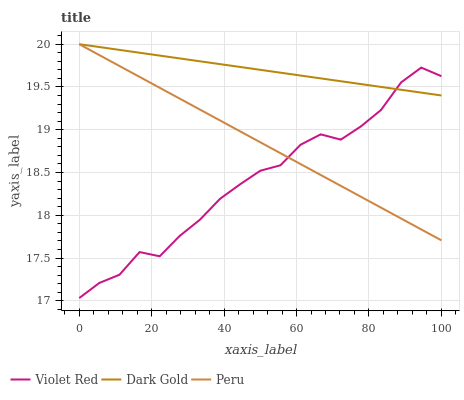
| xaxis_label | Violet Red | Dark Gold | Peru |
 | --- | --- | --- | --- |
 | 0 | 17 | 20 | 20 |
 | 5.56 | 17.2 | 20 | 19.9 |
 | 11.1 | 17.3 | 19.9 | 19.7 |
 | 16.7 | 17.6 | 19.9 | 19.6 |
 | 22.2 | 17.5 | 19.9 | 19.5 |
 | 27.8 | 17.8 | 19.8 | 19.4 |
 | 33.3 | 17.9 | 19.8 | 19.2 |
 | 38.9 | 18.2 | 19.8 | 19.1 |
 | 44.4 | 18.4 | 19.7 | 19 |
 | 50 | 18.5 | 19.7 | 18.9 |
 | 55.6 | 18.6 | 19.7 | 18.7 |
 | 61.1 | 18.8 | 19.6 | 18.6 |
 | 66.7 | 18.9 | 19.6 | 18.5 |
 | 72.2 | 18.9 | 19.6 | 18.3 |
 | 77.8 | 19 | 19.5 | 18.2 |
 | 83.3 | 19.2 | 19.5 | 18.1 |
 | 88.9 | 19.6 | 19.5 | 18 |
 | 94.4 | 19.7 | 19.4 | 17.8 |
 | 100 | 19.6 | 19.4 | 17.7 |